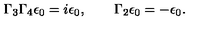
\Gamma _ { 3 } \Gamma _ { 4 } \epsilon _ { 0 } = i \epsilon _ { 0 } , \qquad \Gamma _ { 2 } \epsilon _ { 0 } = - \epsilon _ { 0 } .